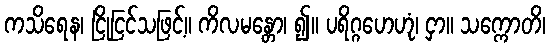
ကသိရေန၊ ငြိုငြင်သဖြင့်။ ကိလမန္တော၊ ၍။ ပရိဂ္ဂဟေဟုံ၊ ငှာ။ သက္ကောတိ၊